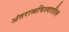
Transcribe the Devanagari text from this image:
अंतराळविश्वातील